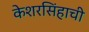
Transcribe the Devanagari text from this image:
केशरसिंहाची